Scientific memoirs by medical officers of the Army of India - Part XI,
Year: 1898
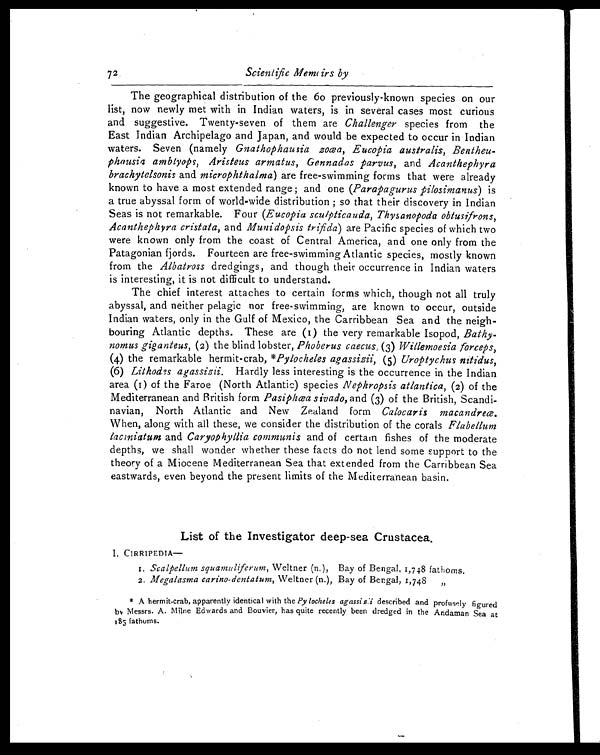
72 Scientffic Memoirs by
The geographical distribution of the 60 previously-known species on our
list, now newly met with in Indian waters, is in several cases most curious
and suggestive. Twenty-seven of them are Challenger species from the
East Indian Archipelago and Japan, and would be expected to occur in Indian
waters. Seven (namely Gnathophausia zoœa, Eucopia australis, Bentheu-
phausia amblyops, Aristeus armatus, Gennadas parvus, and Acanthephyra
brachytelsonis and microphthalma ) are free-swimming forms that were already
known to have a most extended range ; and one ( Parapagurus pilosimanus ) is
a true abyssal form of world-wide distribution ; so that their discovery in Indian
Seas is not remarkable. Four (Eucopia scuipticauda, Thysanopoda obtusifrons,
Acanthephyra cristata, and Munidopsis trifida ) are Pacific species of which two
were known only from the coast of Central America, and one only from the
Patagonian fjords. Fourteen are free-swimming Atlantic species, mostly known
from the Albatross dredgings, and though their occurrence in Indian waters
is interesting, it is not difficult to understand.
The chief interest attaches to certain forms which, though not all truly
abyssal, and neither pelagic nor free-swimming, are known to occur, outside
Indian waters, only in the Gulf of Mexico, the Carribbean Sea and the neigh-
bouring Atlantic depths. These are (1) the very remarkable Isopod, Bathy-
nomus giganteus, (2) the blind lobster, Phoberus caecus, (3) Willemoesia forceps,
(4) the remarkable hermit-crab, *Pylocheles agassizii, (5) Uroptychus nitidus,
(6) Lithodes agassizii. Hardly less interesting is the occurrence in the Indian
area (1) of the Faroe (North Atlantic) species Nephropsis atlantica, (2) of the
Mediterranean and British form Pasiphæa sivado, and (3) of the British, Scandi-
navian, North Atlantic and New Zealand form Calocaris macandreæ .
When, along with all these, we consider the distribution of the corals Flabellum
lacmiatum and Caryophyllia communis and of certam fishes of the moderate
depths, we shall wonder whether these facts do not lend some support to the
theory of a Miocene Mediterranean Sea that extended from the Carribbean Sea
eastwards, even beyond the present limits of the Mediterranean basin.
List of the Investigator deep-sea Crustacea.
I. CIRRIPEDIA
—
1. Scalpellum squamuliferum, Weltner (n.), Bay of Bengal, 1,748 fathoms.
2. Megalasma carino-dentatum, Weltner (n.), Bay of Bengal, 1,748
* A hermit crab, apparently identical with the Pylocheles agassisii described and profusely figured
by Messrs. A. Milne Edwards and Bouvier, has quite recently been dredged in the Andaman Sea at
185 fathoms.